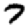
Digit: 7